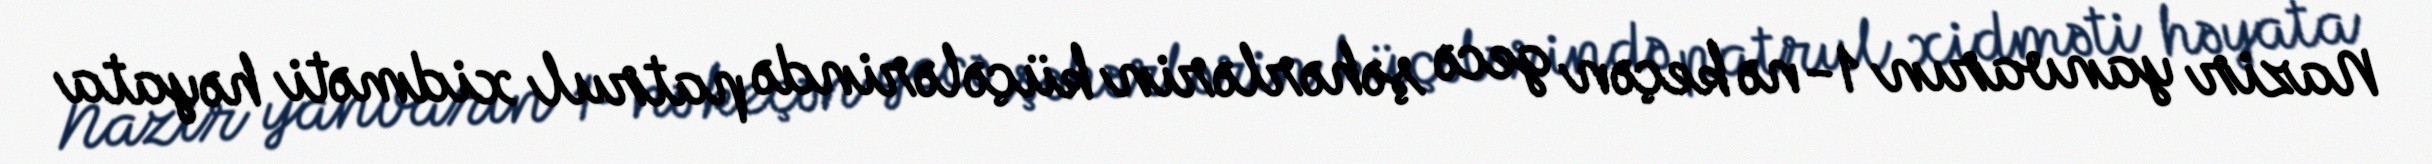
Nazir yanvarın 1-nə keçən gecə şəhərlərin küçələrində patrul xidməti həyata